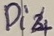
Text: Di4